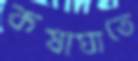
কষাঘাতে